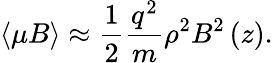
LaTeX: \left\langle\mu B\right\rangle\approx\frac{1}{2}\frac{q^{2}}{m}\rho^{2}B^{2}\left(z\right).